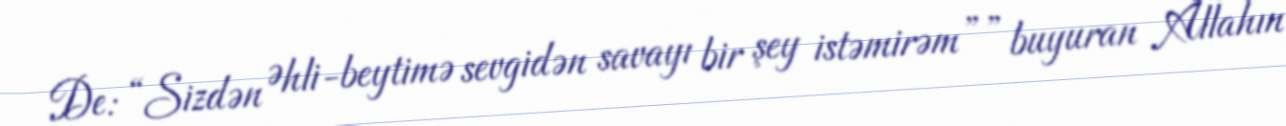
De: “Sizdən Əhli-beytimə sevgidən savayı bir şey istəmirəm”” buyuran Allahın